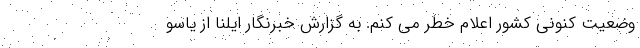
وضعیت کنونی کشور اعلام خطر می کنم. به گزارش خبرنگار ایلنا از یاسو